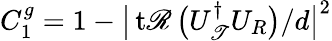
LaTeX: C_{1}^{g}=1-\big|\operatorname{t\mathscr{R}}\big(U_{\mathscr{T}}^{\dagger}U_{R}\big)/d\big|^{2}